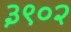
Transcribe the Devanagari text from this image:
३९०२